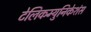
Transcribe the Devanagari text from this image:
टेलिकम्युनिकेशंस